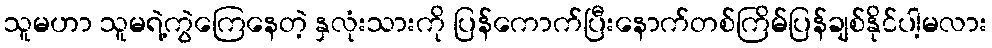
သူမဟာ သူမရဲ့ကွဲကြေနေတဲ့ နှလုံးသားကို ပြန်ကောက်ပြီးနောက်တစ်ကြိမ်ပြန်ချစ်နိုင်ပါ့မလား